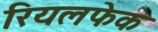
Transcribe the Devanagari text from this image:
रियलफेक